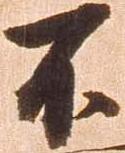
不